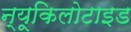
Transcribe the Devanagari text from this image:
न्यूकिलोटाइड